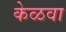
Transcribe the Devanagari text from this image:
केळवा